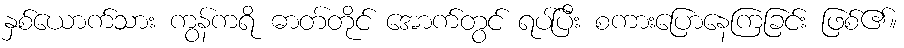
နှစ်ယောက်သား ကွန်ကရိ ဓာတ်တိုင် အောက်တွင် ရပ်ပြီး စကားပြောနေကြခြင်း ဖြစ်၏။